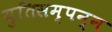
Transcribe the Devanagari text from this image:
युतिसम्पन्न